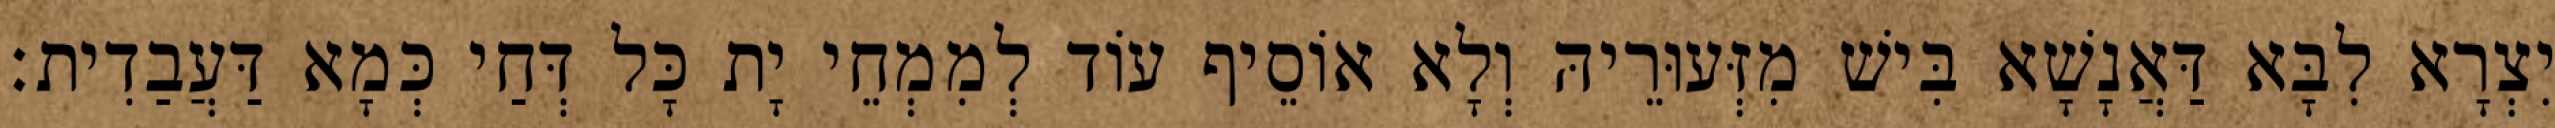
יִצְרָא לִבָּא דַּאֲנָשָׁא בִּישׁ מִזְּעוּרֵיהּ וְלָא אוֹסֵיף עוֹד לְמִמְחֵי יָת כָּל דְּחַי כְּמָא דַּעֲבַדִית׃